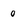
Character: o